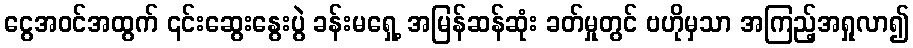
ငွေအဝင်အထွက် ၎င်းဆွေးနွေးပွဲ ခန်းမရှေ့ အမြန်ဆန်ဆုံး ခတ်မှုတွင် ဗဟိုမှသာ အကြည့်အရှုလာ၍